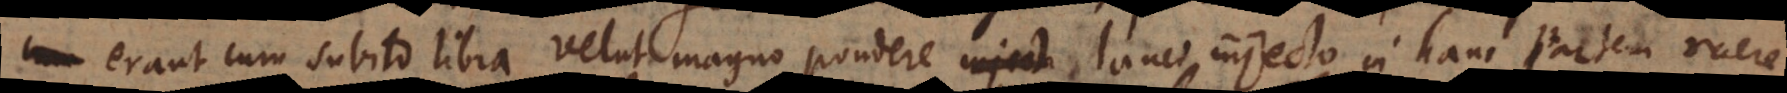
erant cum subito libra velut magno pondere lanci injecto in hanc partem ruere